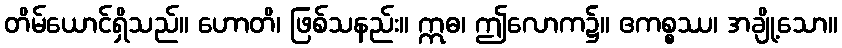
တိမ်ယောင်ရှိသည်။ ဟောတိ၊ ဖြစ်သနည်း။ ဣဓ၊ ဤလောက၌။ ဧကစ္စဿ၊ အချို့သော။